Report on vaccination in Madras 1895-1903 - 1895-1903
Year: 1895
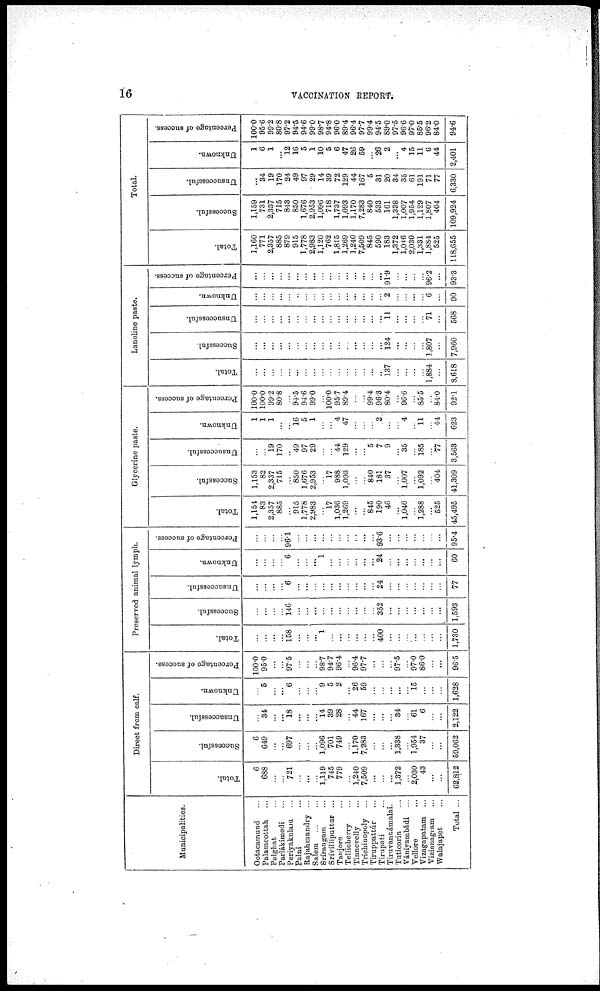
16
VACCINATION REPORT.
Municipalities.
Ootacamund ...
Palamcottah ...
Palghat...
Parlákimedi...
Periyakulam...
Palni...
Rajahmundry...
Salem... ...
Srírangam
Srívilliputtur ...
Tanjore...
Tellicherry...
Tinnevelly...
Trichinopoly...
Tiruppattúr...
Tirupati...
Tiruvannámalai.
Tnticorin...
Vániyambádi...
Vellore...
Vizagapatam ...
Vizianagram...
Walajapet...
Total ...
Direct from calf.
Total.
6
688
...
...
721
...
...
...
1,119
745
779
...
1,240
7,509
...
...
...
1,372
...
2,030
43
...
...
62,812
Successful.
6
649
...
...
697
...
...
...
1,096
701
749
...
1,170
7,283
...
...
...
1,338
...
1,954
37
...
...
59,062
Unsuccessful.
...
34
...
...
18
...
...
...
14
39
28
...
44
167
...
...
...
34
...
61
6
...
...
2,122
Unknown.
...
5
...
...
6
...
...
...
9
5
2
...
26
59
...
...
...
...
...
l5
...
...
...
1,628
Percentage of success.
100.0
95.0
...
...
97.5
...
...
...
98.7
94.7
96.4
...
96.4
97.7
...
...
...
97.5
...
97.0
86.0
...
...
96.5
Preserved animal lymph.
Total.
...
...
...
...
158
...
...
...
1
...
...
...
...
...
...
400
...
...
...
...
...
...
...
1,730
Successful.
...
...
...
...
146
...
...
...
...
...
...
...
...
...
...
352
...
...
...
...
...
...
...
1,593
Unsuccessful.
...
...
...
...
6
...
...
...
...
...
...
...
...
...
...
24
...
...
...
...
...
...
...
77
Unknown.
...
...
...
...
6
...
...
...
1
...
...
...
...
...
...
24
...
...
...
...
...
...
...
60
Percentage of success.
...
...
...
...
96.l
...
...
...
...
...
...
...
...
...
...
93.6
...
...
...
...
...
...
...
95.4
Glycerine paste.
Total.
1,154
83
2,357
885
...
915
1,778
2,983
...
l7
1,036
1,269
...
...
845
190
46
...
1,046
...
1,288
...
525
45,495
Successful.
1,153
82
2,337
715
...
850
1,676
2,953
...
l7
988
1,093
...
...
840
181
37
...
1,007
...
1,092
...
404
41,309
Unsuccessful.
...
...
19
170
...
49
97
29
...
...
44
129
...
...
5
7
9
...
35
...
185
...
77
3,563
Unknown.
1
1
1
...
...
16
5
1
...
...
4
47
...
...
...
2
...
...
4
...
11
...
44
623
Percentage of success.
100.0
100.0
99.2
80.8
...
94.5
94.6
99.0
...
100.0
95.7
89.4
...
...
99.4
96.3
80.4
...
96.6
...
85.5
...
84.0
92.1
Lanoline paste.
Total.
...
...
...
...
...
...
...
...
...
...
...
...
...
...
...
...
137
...
...
...
...
1,884
...
8,618
Successful.
...
...
...
...
...
...
...
...
...
...
...
...
...
...
...
...
124
...
...
...
...
1,807
...
7,960
Unsuccessful.
...
...
...
...
...
...
...
...
...
...
...
...
...
...
...
...
11
...
...
...
...
71
...
568
Unknown.
...
...
...
...
...
...
...
...
...
...
...
...
...
...
...
...
2
...
...
...
...
6
...
90
Percentage of success.
...
...
...
...
...
...
...
...
...
...
...
...
...
...
...
...
91.9
...
...
...
...
96.2
...
93.3
Total.
Total.
1,160
771
2,357
885
879
915
1,778
2,983
1,120
762
1,815
1,269
1,240
7,509
845
590
183
1,372
1,046
2,030
1,331
1,884
525
118,655
Successful.
1,159
731
2,337
715
843
850
1,676
2,953
1,096
718
1,737
1,093
1,170
7,283
840
533
161
1,338
1,007
1,954
1,129
1,807
404
109,924
Unsuccessful.
...
34
19
170
24
49
97
29
14
39
72
129
44
167
5
31
20
34
35
61
191
71
77
6,330
Unknown.
1
6
1
...
12
16
5
1
10
5
6
47
26
59
...
26
2
...
4
15
11
6
44
2,401
Percentage of success.
100.0
95.6
99.2
80.8
97.2
94.5
94.6
99.0
98.7
94.8
96.0
89.4
96.4
97.7
99.4
94.5
89.0
97.5
96.6
97.0
85.5
96.2
84.0
94.6